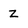
Character: Z